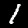
Digit: 1